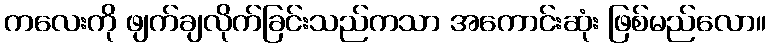
ကလေးကို ဖျက်ချလိုက်ခြင်းသည်ကသာ အကောင်းဆုံး ဖြစ်မည်လော။